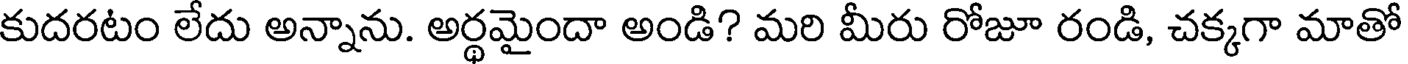
కుదరటం లేదు అన్నాను. అర్థమైందా అండి? మరి మీరు రోజూ రండి, చక్కగా మాతో